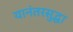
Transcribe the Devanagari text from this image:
यानंतरसुद्धा